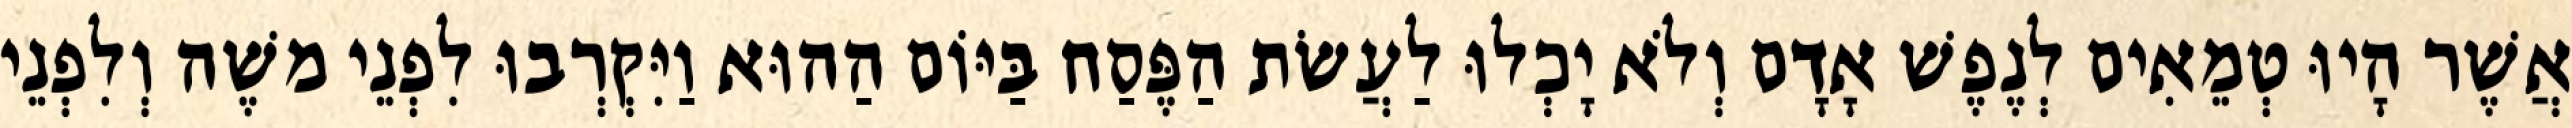
אֲשֶׁר הָיוּ טְמֵאִים לְנֶפֶשׁ אָדָם וְלֹא יָכְלוּ לַעֲשׂת הַפֶּסַח בַּיּוֹם הַהוּא וַיִּקְרְבוּ לִפְנֵי משֶׁה וְלִפְנֵי